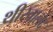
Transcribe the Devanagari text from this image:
थीखालेद